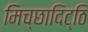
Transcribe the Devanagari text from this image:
मिच्छादिट्ठि